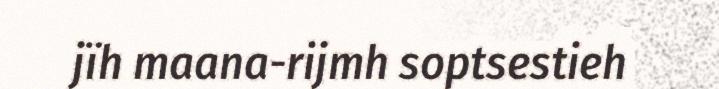
jïh maana-rijmh soptsestieh